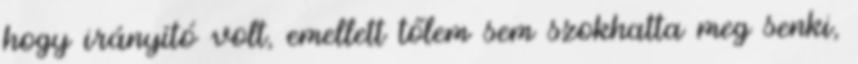
hogy irányító volt, emellett tőlem sem szokhatta meg senki,